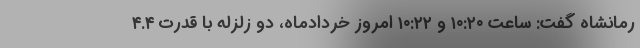
رمانشاه گفت: ساعت ۱۰:۲۰ و ۱۰:۲۲ امروز خردادماه، دو زلزله با قدرت ۴.۴